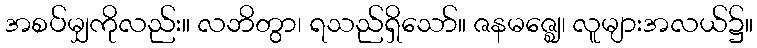
အစပ်မျှကိုလည်း။ လဘိတွာ၊ ရသည်ရှိသော်။ ဇနမဇ္ဈေ၊ လူများအလယ်၌။